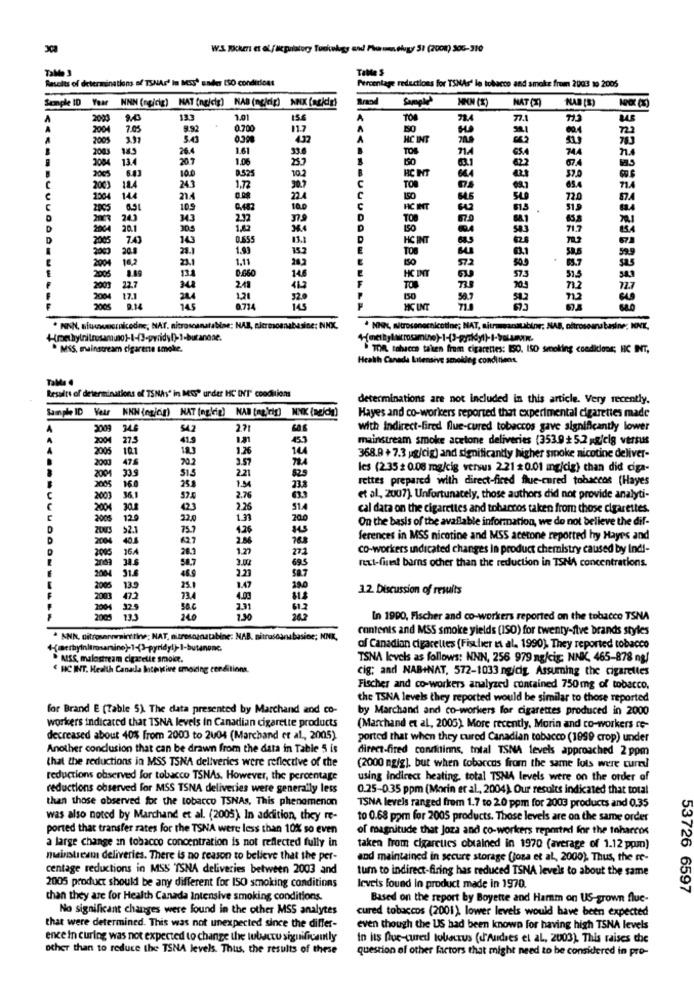
Tallde 3
TaMe S
Results of determinations of TSNAr' In Moss' sader ISO conditions
Percentage reductions for TSNAs' le tobacco and smoke from 2003 19 2005
Semple ID Year NNN (ngicig) NAT (ng/cig) HAB (ng/dig) NNX (acidir)
Brand
NAT (2)
2003
13.3
1.01
156
A
78.4
77.1
200
7.03
9.92
0.700
11.7
2005
3.43
4.32
HC INT
26.4
1.61
TOS
71.4
744
2004
134
1.06
150
2065
B
RC INT
622
67.4
100
8.525
103
C
TOR
66.4
2003
184
243
1.12
1364
21.4
224
C
ISO
645
72.0
2005
109
0.482
100
HC INT
61.5
319
TOP
67.0
20.1
38.4
0.555
13.8
D
HC INT
7.4
28.1
1.99
200
150
572
251
1.11
HC INT
2005
146
575
2005
22.7
241
TON
703
150
58.7
HC INT
. FINN, situmornicodne, NAT. nitroscanatabise; NAB, siermosnabasine: NNX.
· NIN, mitrosonecnicotine; NAT, aitreansausbine; NAB, oftrossana basine; NNK,
. MSS, mainstream cigarette smoke.
TOR tohacca taken from cigarettes: ISO. ISO smoking conditions; HC INT,
Health Canada Latensive smoking conditions.
Tale .
Results of determinations of TSNAs" in MOS" under HC INT' conditions
determinations are not included in this article. Very recently.
Sample ID Vetr KNN (ngjóg) NAT (nglig) NAB [mg,'rig) NNK (nejc)g)
Hayes and co-workers reported that experimental cigarettes made
2009
346
S42
2.71
with indirect-fired flue-cured tobaccos gave significantly lower
2004
41.9
1.21
mainstream smoke acetone deliveries (353.9+ 5.2 /cig versus
2005
10.1
123
1.26
2003
475
20.2
3.57
368.9 + 7.3 pg/cig) and significantly higher smoke nicotine deliver-
2004
les (2.35 * 0.08 mg/cig versus 2.21 0.01 mg/cig) than did ciga-
33.3
515
2.21
rettes prepared with direct-fired flue-cured tobaccos (Hayes
2005
160
265
1.94
2003
36.1
2.76
et al, 2007). Unfortunately, those authors did not provide analyti-
2004
514
cal data on the cigarettes and tobarcos taken from those cigarettes.
2005
120
32.0
1.33
20.0
On the basis of the available information, we do not believe the dif-
92.1
75.7
4.26
2004
40.5
627
2.86
ferences in MSS nicotine and MSS acetone reported hy Hayes and
2003
164
201
1.27
271
co-workers indicated changes In product chemistry caused by Indi-
34.6
3.00
next-fint barns ocher than the reduction in TSNA concentrations.
695
2084
31.6
2.23
2005
13.9
1.47
3.2 Discussion of results
2003
472
4.03
2009
240
130
In 1990, Fischer and co-workers reported on the tobacco TSNA
contents and MSS smoke yields (ISO) for twenty-five brands styles
. ANN, nitrosennrainttine; NAT, nitresornatabine; NAB. nitrascanabasice; NNK,
of Canadian cigarettes (Fischer et al. 1990), They reported tobacco
MISS, malostream cigarette smoke.
TSNA levels as follows: NNN, 256 979 ng/cig: NNK, 465-878 ng/
€ HC INT. Health Canada Intertive cmoiding conditions.
cig; and NAB+NAT, 572-1033 ng/dig. Assuming the cigarettes
Fischer and co-workers analyzed contained 750mg of tobacco.
the TSNA levels they reported would be similar to those reported
for Brand E (Table 5). The data presented by Marchand and co-
by Marchand and co-workers for cigarettes produced in 2000
workers indicated that ISNA levels in Canadian cigarette products
(Marchand et al, 2005). More recently. Morin and co-workers ro-
decreased about 40% from 2000 to 2004 (Marchand et al ., 2005).
ported that when they cured Canadian tobacco (1999 crop) under
Another conclusion that can be drawn from the data in Table 5 is
direct-fired conditinns, total TSNA levels approached 2 ppm
that the reductions in MSS TSNA deliveries were reflective of the
(2000 mg/g), but when tobaccos from the same lots were turel
reductions observed for tobacco TSNAs, However, the percentage
using indirect heating, total TSNA levels were on the order of
reductions observed for MSS TSNA deliveries were generally less
0.25-035 ppm (Morin er al ., 2004). Our results indicated that total
than those observed for the tobacco TSNAs, This phenomenon
TSNA levels ranged from 1.7 to 2.0 ppm for 2003 products and 0.35
was also noted by Marchand et al. (2005). In addition, they re-
to 0.68 ppm for 2005 products. Those levels are on the same order
ported that transfer rates for the TSNA were less than 10% so even
of magnitude that Joza and co-workers reported for the toharcos
a large change in tobacco concentration is not reflected fully in
taken from cigareucs obtained in 1970 (average of 1.12 ppm)
mainstream deliveries. There is no reason to believe that the per-
and maintained in secure storage (joza et al ., 2000). Thus, the re-
centage reductions in MSS ISNA deliveries between 2003 and
tum to indirect-firing has reduced TSNA levels to about the same
2005 product should be any different for ISO smoking conditions
levels found in product made in 1970.
53726 6597
than they are for Health Canada Intensive smoking conditions.
Based on the report by Boyette and Hamm on US-grown flue-
No significant changes were found in the other MSS analytes
cured tobaccos (2001). lower levels would have been expected
that were determined. This was not unexpected since the differ-
even though the US had been known for having high TSNA levels
ence in curing was not expected to change the lubactu significantly
In its Que-cured tollecrus (dr'Audses et al, 2003). This raises the
other than to reduce the TSNA levels. Thus, the results of these
question of other factors that might need to be considered in pro-